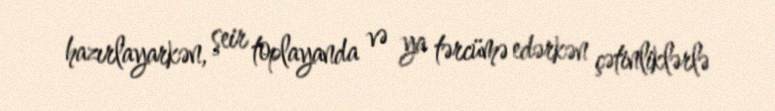
hazırlayarkən, şeir toplayanda və ya tərcümə edərkən çətinliklərlə